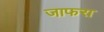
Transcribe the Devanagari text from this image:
जाफरा